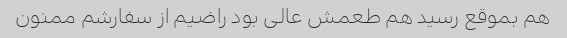
هم بموقع رسید هم طعمش عالی بود راضیم از سفارشم ممنون